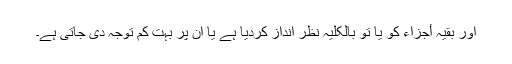
اور بقیہ أجزاء کو یا تو بالکلیہ نظر انداز کردیا ہے یا ان پر بہت کم توجہ دی جاتی ہے۔